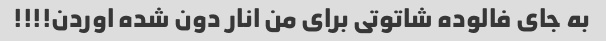
به جای فالوده شاتوتی برای من انار دون شده اوردن!!!!